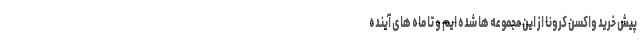
پیش خرید واکسن کرونا از این مجموعه ها شده ایم و تا ماه های آینده